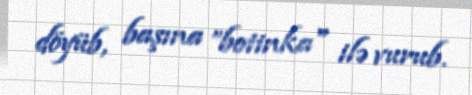
döyüb, başına ”botinka" ilə vurub.